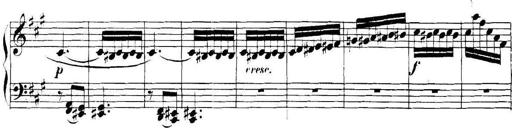
Title: Collected Piano Sonatas
Composer: Muzio Clementi